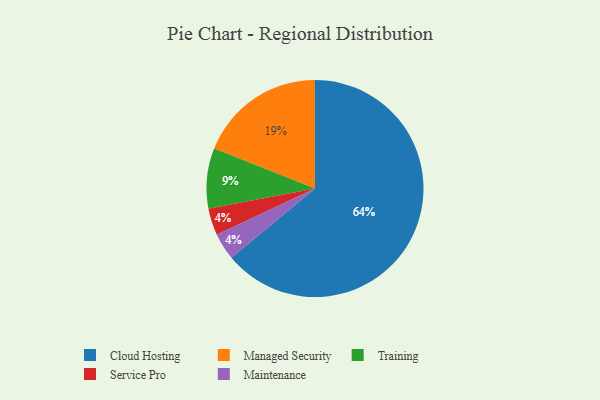
{"axis": {"x": "Category", "y": "Percentage"}, "legend": ["Cloud Hosting", "Maintenance", "Managed Security", "Service Pro", "Training"], "data": [{"x": "Training", "y": 9, "type": "Training"}, {"x": "Managed Security", "y": 19, "type": "Managed Security"}, {"x": "Cloud Hosting", "y": 64, "type": "Cloud Hosting"}, {"x": "Service Pro", "y": 4, "type": "Service Pro"}, {"x": "Maintenance", "y": 4, "type": "Maintenance"}]}